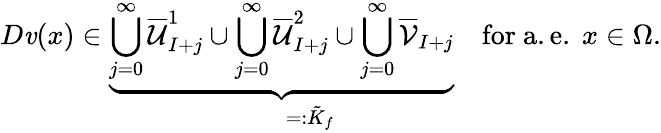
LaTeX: D\mathit{v}(x)\in\underbrace{{\bigcup_{j=0}^{\infty}\overline{{{\mathcal{{U}}}}}_{I+j}^{1}\cup\bigcup_{j=0}^{\infty}\overline{{{\mathcal{{U}}}}}_{I+j}^{2}\cup\bigcup_{j=0}^{\infty}\overline{{{\mathcal{{V}}}}}_{I+j}}}_{\qquad=:\tilde{{K}}_{f}}\quad\mathrm{{for~a.e.~}}x\in\Omega.